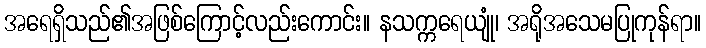
အရေရှိသည်၏အဖြစ်ကြောင့်လည်းကောင်း။ နသက္ကရေယျုံ၊ အရိုအသေမပြုကုန်ရာ။